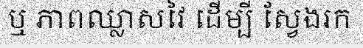
ឬ ភាពឈ្លាសវៃ ដើម្បី ស្វែងរក